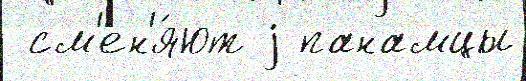
 см'ен'я́ют j панамцы